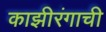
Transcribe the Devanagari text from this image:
काझीरंगाची